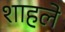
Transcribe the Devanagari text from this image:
शाहले